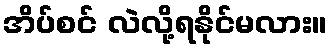
အိပ်စင် လဲလို့ရနိုင်မလား။